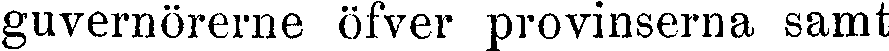
guvernörerne öfver provinserna samt